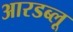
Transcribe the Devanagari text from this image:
आरडब्लू